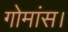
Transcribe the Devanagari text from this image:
गोमांस।